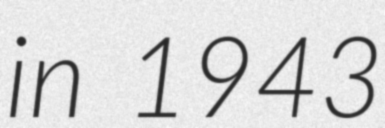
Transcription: in 1943